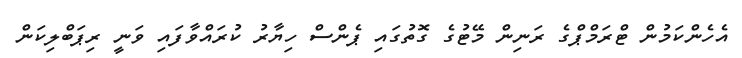
އެހެންކަމުން ޓްރަމްޕްގެ ރަނިން މޭޓުގެ ގޮތުގައި ޕެންސް ހިޔާރު ކުރައްވާފައި ވަނީ ރިޕަބްލިކަން